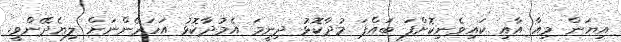
އިޔަން މިއާ އާއި ކައިވެނިކޮށްފަ ބައްޕަ މުދާކޮޅު ދިނީމަ އެމުދާކޮޅު އަހަރެންނަށް ލިޔެދޭންވީ.